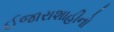
ઈજારાશાહીનો